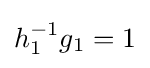
h_{1}^{-1}g_{1}=1